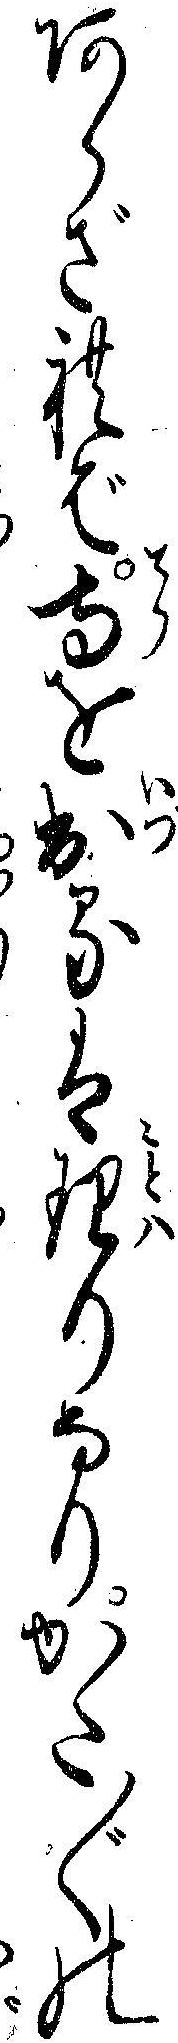
あらざれば寺を出るは理りなりかた〲の